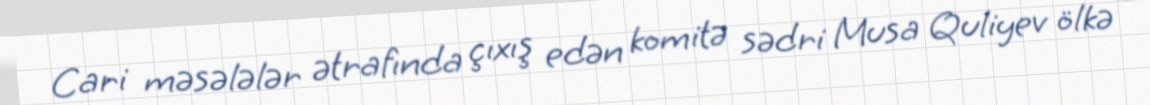
Cari məsələlər ətrafında çıxış edən komitə sədri Musa Quliyev ölkə